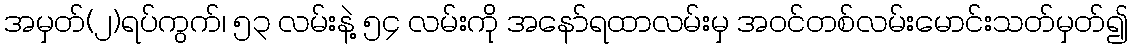
အမှတ်(၂)ရပ်ကွက်၊ ၅၃ လမ်းနဲ့ ၅၄ လမ်းကို အနော်ရထာလမ်းမှ အဝင်တစ်လမ်းမောင်းသတ်မှတ်၍